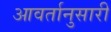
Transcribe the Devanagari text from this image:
आवर्तानुसारी